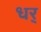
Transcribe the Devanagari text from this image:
धर्